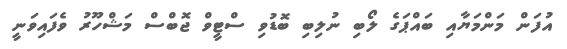
އުފަން މަންމަޔާއި ބައްޕަގެ ލޯބި ނުލިބި ބޮޑުވި ސްޓީވް ޖޮބްސް މަޝްހޫރު ވެފައިވަނީ